Sketch of the medical history of the native army of Bombay, for the year
Year: 1872
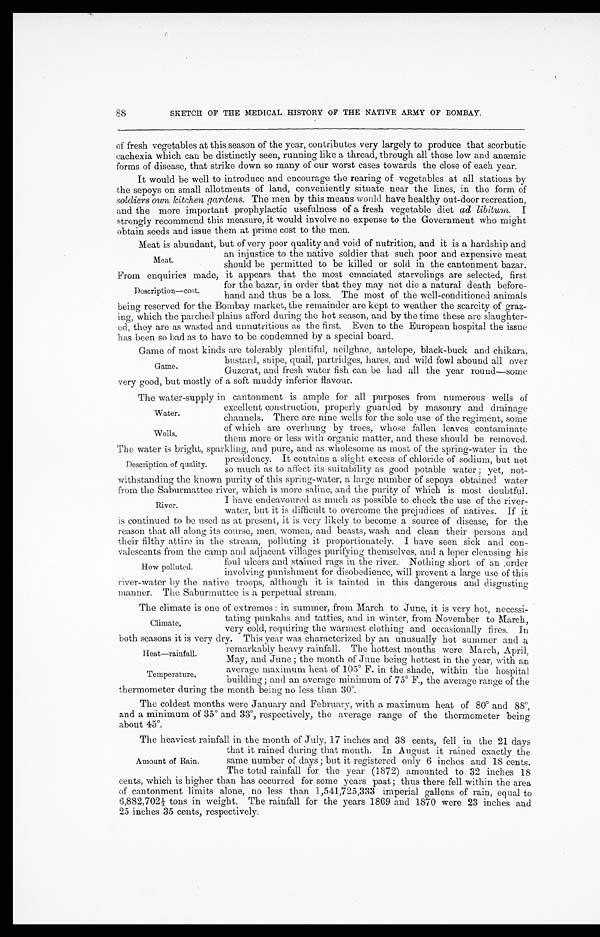
Water.
Wells,
H e a t — r a i n f a l l .
Temperature.
88
SKETCH OF THE MEDICAL HISTORY OF THE NATIVE ARMY OF BOMBAY.
of fresh vegetables at this season of the year, contributes very largely to produce that scorbutic
cachexia which can be distinctly seen, running like a thread, through all those low and anæmic
forms of disease, that strike down so many of our worst cases towards the close of each year.
It would be well to introduce and encourage the rearing of vegetables at all stations by
the sepoys on small allotments of land, conveniently situate near the lines, in the form of
soldiers own kitchen gardens. The men by this means would have healthy out-door recreation,
and the more important prophylactic usefulness of a fresh vegetable diet ad libitum. I
strongly recommend this measure, it would involve no expense to the Government who might
obtain seeds and issue them at prime cost to the men.
Meat is abundant, but of very poor quality and void of nutrition, and it is a hardship and
an injustice to the native soldier that such poor and expensive meat
should be permitted to be killed or sold in the cantonment bazar.
From enquiries made, it appears that the most emaciated starvelings are selected, first
for the bazar, in order that they may not die a natural death before-
hand and thus be a loss. The most of the well-conditioned animals
being reserved for the Bombay market, the remainder are kept to weather the scarcity of graz--
ing, which the parched plains afford during the hot season, and by the time these are slaughter--
ed, they are as wasted and unnutritious as the first. Even to the European hospital the issue
has been so bad as to have to be condemned by a special board.
Game of most kinds are tolerably plentiful, neilghae, antelope, black-buck and chikara,
bustard, snipe, quail, partridges, hares, and wild fowl abound all over
Guzerat, and fresh water fish can be had all the year round—some
very good, but mostly of a soft muddy inferior flavour.
The water-supply in cantonment is ample for all purposes from numerous wells of
excellent construction, properly guarded by masonry and drainage
channels. There are nine wells for the sole use of the regiment, some
of which are overhung by trees, whose fallen leaves contaminate
them more or less with organic matter, and these should be removed.
The water is bright, sparkling, and pure, and as wholesome as most of the spring-water in the
presidency. It contains a slight excess of chloride of sodium, but not
so much as to affect its suitability as good potable water; yet, not-
withstanding the known purity of this spring-water, a large number of sepoys obtained water
from the Saburmattee river, which is more saline, and the purity of which is most doubtful.
I have endeavoured as much as possible to check the use of the river-
water, but it is difficult to overcome the prejudices of natives. If it
is continued to be used as at present, it is very likely to become a source of disease, for the
reason that all along its course, men, women, and beasts, wash and clean their persons and
their filthy attire in the stream, polluting it proportionately. I have seen sick and con-
valescents from the camp and adjacent villages purifying themselves, and a leper cleansing his
foul ulcers and stained rags in the river. Nothing short of an order
involving punishment for disobedience, will prevent a large use of this
river-water by the native troops, although it is tainted in this dangerous and disgusting
manner . The Saburmuttee is a perpetual stream.
The climate is one of extremes: in summer, from March to June, it is very hot, necessi-
tating punkahs and tatties,and n winter, from November to March,
very cold, requiring the warmest clothing and occasionally fires. In
both seasons it is very dry. This year was characterized by an unusually hot summer and a
remarkably heavy rainfall. The hottest months were March, April,
May, and June; the month of June being hottest in the year, with an
average maximum heat of 105° F. in the shade, within the hospital
building; and an average minimum of 75° F.,the average range of the
thermometer during the month being no less than 30°.
The coldest months were January and February, with a maximum heat of 80° and 88°,
and a minimum of 35° and 33°, respectively, the average range of the thermometer being
about 45°.
The heaviest rainfall in the month of July, 17 inches and 38 cents, fell in the 21 days
that it rained during that month. In August it rained exactly the
same number of days; but it registered only 6 inches and 18 cents.
The total rainfall for the year (1872) amounted to 32 inches 18
cents, which is higher than has occurred for some years past; thus there fell within the area
of cantonment limits alone, no less than 1,541,725,333 imperial gallons of rain, equal to
6 , 8 8 2 , 7 0 2 1 / 3 t o n s i n w e i g h t . T h e r a i n f a l l f o r t h e y e a r s 1 8 6 9 a n d 1 8 7 0 w e r e 2 3 i n c h e s a n d
25 inches 35 cents, respectively.
Meat.
Description—cost.
Game.
Description of quality
River.
How polluted.
Climate.
Amount of Rain